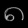
Digit: ၈